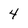
Character: 4